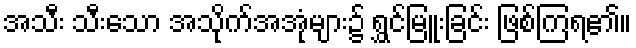
အသီး သီးသော အသိုက်အအုံများ၌ ရွှင်မြူးခြင်း ဖြစ်ကြရ၏။